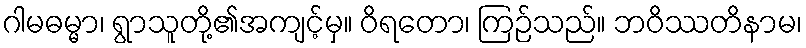
ဂါမဓမ္မာ၊ ရွာသူတို့၏အကျင့်မှ။ ဝိရတော၊ ကြဉ်သည်။ ဘဝိဿတိနာမ၊